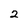
Character: 2